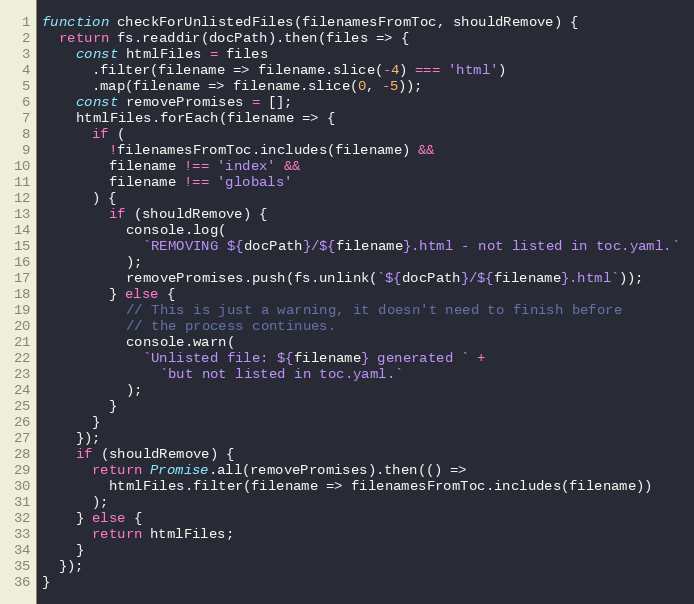
Language: JavaScript
function checkForUnlistedFiles(filenamesFromToc, shouldRemove) {
  return fs.readdir(docPath).then(files => {
    const htmlFiles = files
      .filter(filename => filename.slice(-4) === 'html')
      .map(filename => filename.slice(0, -5));
    const removePromises = [];
    htmlFiles.forEach(filename => {
      if (
        !filenamesFromToc.includes(filename) &&
        filename !== 'index' &&
        filename !== 'globals'
      ) {
        if (shouldRemove) {
          console.log(
            `REMOVING ${docPath}/${filename}.html - not listed in toc.yaml.`
          );
          removePromises.push(fs.unlink(`${docPath}/${filename}.html`));
        } else {
          // This is just a warning, it doesn't need to finish before
          // the process continues.
          console.warn(
            `Unlisted file: ${filename} generated ` +
              `but not listed in toc.yaml.`
          );
        }
      }
    });
    if (shouldRemove) {
      return Promise.all(removePromises).then(() =>
        htmlFiles.filter(filename => filenamesFromToc.includes(filename))
      );
    } else {
      return htmlFiles;
    }
  });
}